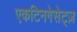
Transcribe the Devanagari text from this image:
एकटिनगेसेट्ज़